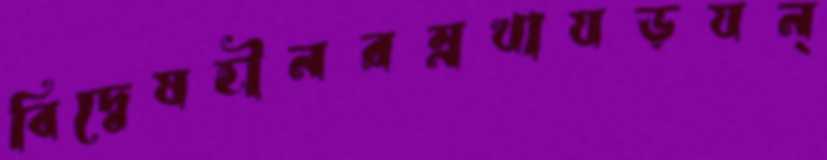
বিদ্বেষহীনরম্নখাযড়যন্